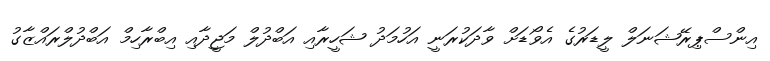
އިންސްޕިރޭޝަނަލް ލީޑަރުގެ އެވޯޑަށް ވާދަކުރަނީ އަހުމަދު ޝަހީރާއި އަބްދުލް މަޖީދާއި އިބްރާހިމް އަބްދުލްރައްޒާގު